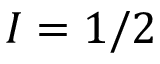
I = 1 / 2